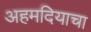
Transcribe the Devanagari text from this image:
अहमदियाचा